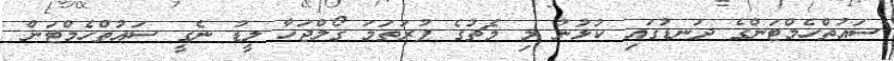
ސައުތްހެމްޓަންގެ ދަނޑުގައި ކުޅުނު މި މެޗުގެ ފުރަތަމަ ގޯލްޖަހާ ލީޑު ނެގީ ސައުތްހެމްޓަން